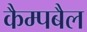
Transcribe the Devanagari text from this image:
कैम्पबैल